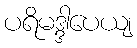
ပရိမဒ္ဒါပေယျ